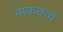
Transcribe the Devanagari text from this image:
वाकतत्व